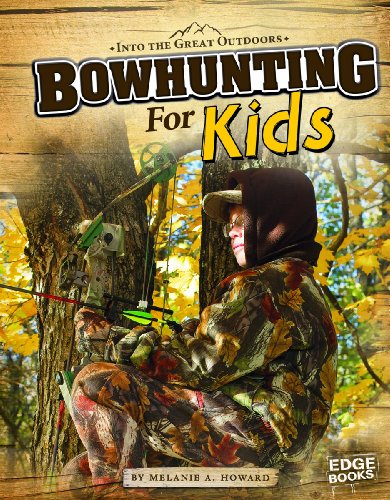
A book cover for Bowhunting for Kids (Into the Great Outdoors); Melanie A. Howard; Children's Books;